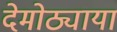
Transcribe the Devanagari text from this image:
देमोठ्याया